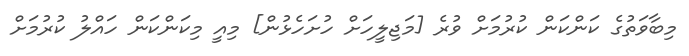
މިބާވަތުގެ ކަންކަން ކުރުމަށް ވުރެ [މަޖިލީހަށް ހުށަހެޅުން] މިއީ މިކަންކަން ހައްލު ކުރުމަށް